Vaccination Hyderabad 1890-1903 - 1890-1903
Year: 1890
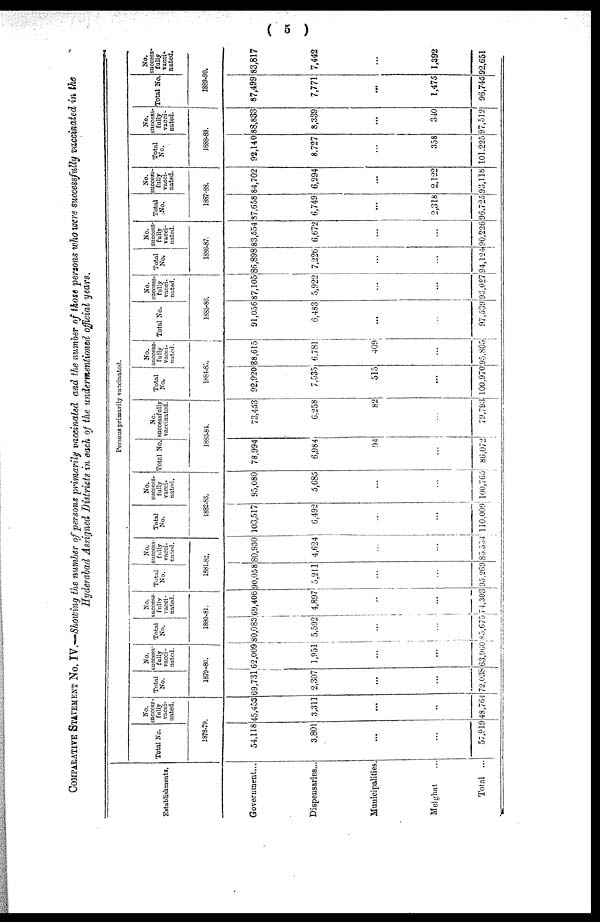
( 5 )
COMPARATIVE STATEMENT No. IV.—Showing the number of persons primarily vaccinated and the number of those persons who were successfully vaccinated in the
Hyderabad Assigned Districts in each of the undermentioned official years.
Establishments.
Government...
Dispensaries...
Municipalities.
Melghat ...
Total ...
Persons primarily vaccinated.
Total No.
No.
success¬
fully
vacci-
nated.
1878-79.
54,118
3,801
...
...
57,919
45,453
3,311
...
...
48,764
Total
No.
No.
success-
fully
vacci-
nated.
1879-80.
69,731
2,307
...
...
72,038
62,009
1,951
...
...
63,960
Total
No.
No.
success¬
fully
vacci-
nated.
1880-81.
80,083
5,592
...
...
85,675
69,406
4,897
...
...
74,303
Total
No.
No.
success-
fully
vacci-
nated.
1881-82.
90,058
5,211
...
...
95,269
80,930
4,624
...
...
85,554
Total
No.
No.
success-
fully
vacci-
nated.
1882-83.
103,517
6,492
...
...
110,009
95,080
5,685
...
...
100,765
Total No.
No.
successfully
vaccinated.
1883-84.
78,994
6,984
94
...
86,072
73,453
6,258
82
...
79,793
Total
No.
No.
success-
fully
vacci-
nated.
1884-85.
92,920
7,535
515
...
100,970
88,615
6,781
409
...
95,805
Total No.
No.
success-
fully
vacci-
nated.
1883-86.
91,056
6,483
...
...
97,539
87,105
5,922
...
...
93,027
Total
No.
No.
success-
fully
vacci-
nated.
1886-87.
86,898
7,226
...
...
94,124
83,554
6,672
...
...
90,226
Total
No.
No.
success-
fully
vacci-
nated.
1887-88.
87,658
6,749
...
2,318
96,725
84,702
6,294
...
2,122
93,118
Total
No.
No.
success
fully
vacci-
nated.
1888-89.
92,140
8,727
...
358
101.225
88,833
8,389
...
340
97,512
Total No.
No.
success-
fully
vacci-
nated.
1889-90.
87,499
7,771
...
1,475
96,745
83,817
7,442
...
1,392
92,651